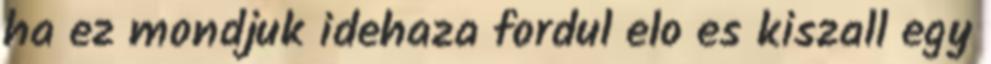
ha ez mondjuk idehaza fordul elo es kiszall egy